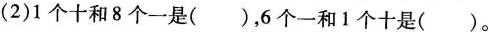
(2)1个十和8个一是( )，6个一和1个十是( )。